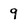
Character: 9